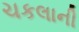
ચકલાની